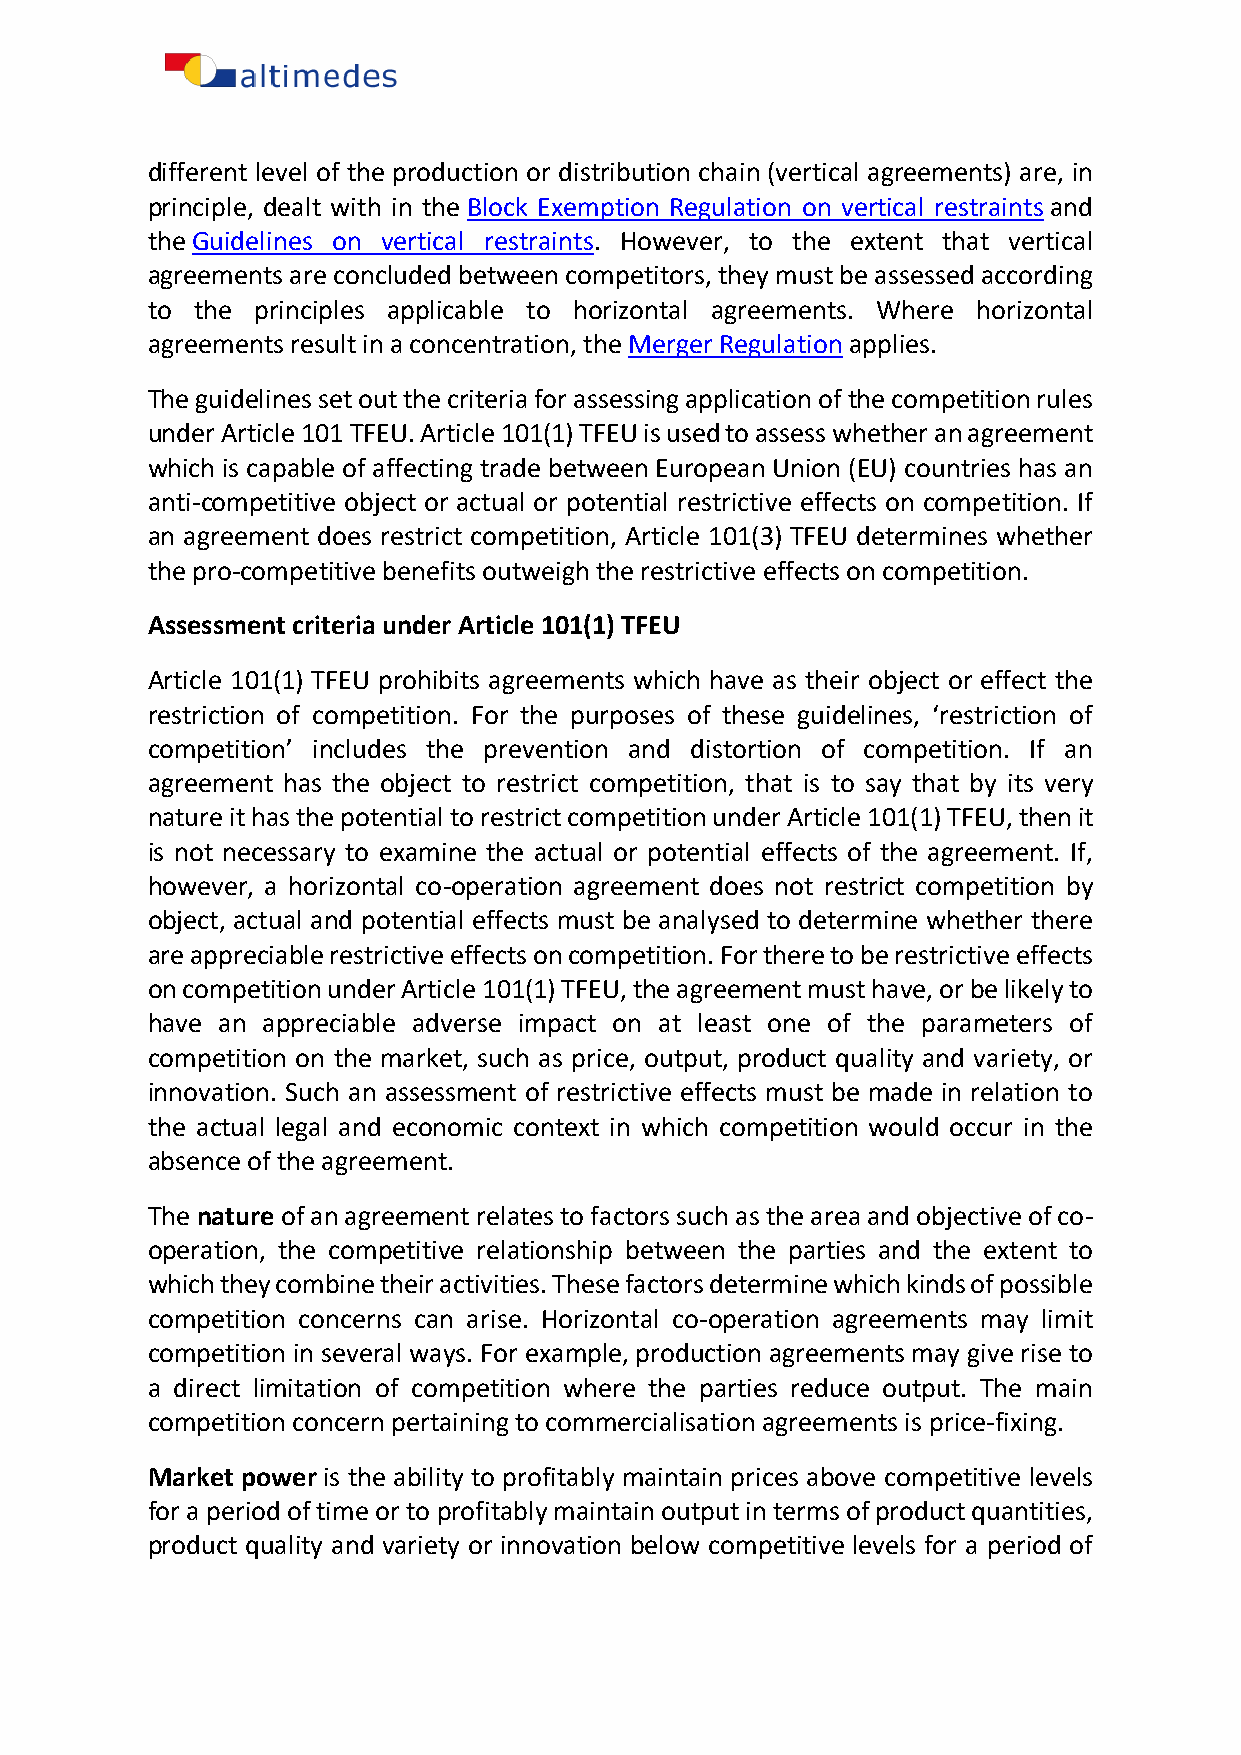
different level of the production or distribution chain (vertical agreements) are, in
 principle, dealt with in the Block Exemption Regulation on vertical restraints and
 the Guidelines on vertical restraints. However, to the extent that vertical
 agreements are concluded between competitors, they must be assessed according
 to the principles applicable to horizontal agreements. Where horizontal
 agreements result in a concentration, the Merger Regulation applies.
 The guidelines set out the criteria for assessing application of the competition rules
 under Article 101 TFEU. Article 101(1) TFEU is used to assess whether an agreement
 which is capable of affecting trade between European Union (EU) countries has an
 anti-competitive object or actual or potential restrictive effects on competition. If
 an agreement does restrict competition, Article 101(3) TFEU determines whether
 the pro-competitive benefits outweigh the restrictive effects on competition.
 Assessment criteria under Article 101(1) TFEU
 Article 101(1) TFEU prohibits agreements which have as their object or effect the
 restriction of competition. For the purposes of these guidelines, ‘restriction of
 competition’ includes the prevention and distortion of competition. If an
 agreement has the object to restrict competition, that is to say that by its very
 nature it has the potential to restrict competition under Article 101(1) TFEU, then it
 is not necessary to examine the actual or potential effects of the agreement. If,
 however, a horizontal co-operation agreement does not restrict competition by
 object, actual and potential effects must be analysed to determine whether there
 are appreciable restrictive effects on competition. For there to be restrictive effects
 on competition under Article 101(1) TFEU, the agreement must have, or be likely to
 have an appreciable adverse impact on at least one of the parameters of
 competition on the market, such as price, output, product quality and variety, or
 innovation. Such an assessment of restrictive effects must be made in relation to
 the actual legal and economic context in which competition would occur in the
 absence of the agreement.
 The nature of an agreement relates to factors such as the area and objective of co-
 operation, the competitive relationship between the parties and the extent to
 which they combine their activities. These factors determine which kinds of possible
 competition concerns can arise. Horizontal co-operation agreements may limit
 competition in several ways. For example, production agreements may give rise to
 a direct limitation of competition where the parties reduce output. The main
 competition concern pertaining to commercialisation agreements is price-fixing.
 Market power is the ability to profitably maintain prices above competitive levels
 for a period of time or to profitably maintain output in terms of product quantities,
 product quality and variety or innovation below competitive levels for a period of